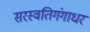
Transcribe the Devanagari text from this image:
सरस्वतिगंगाधर